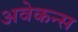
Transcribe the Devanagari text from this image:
अवेकन्स